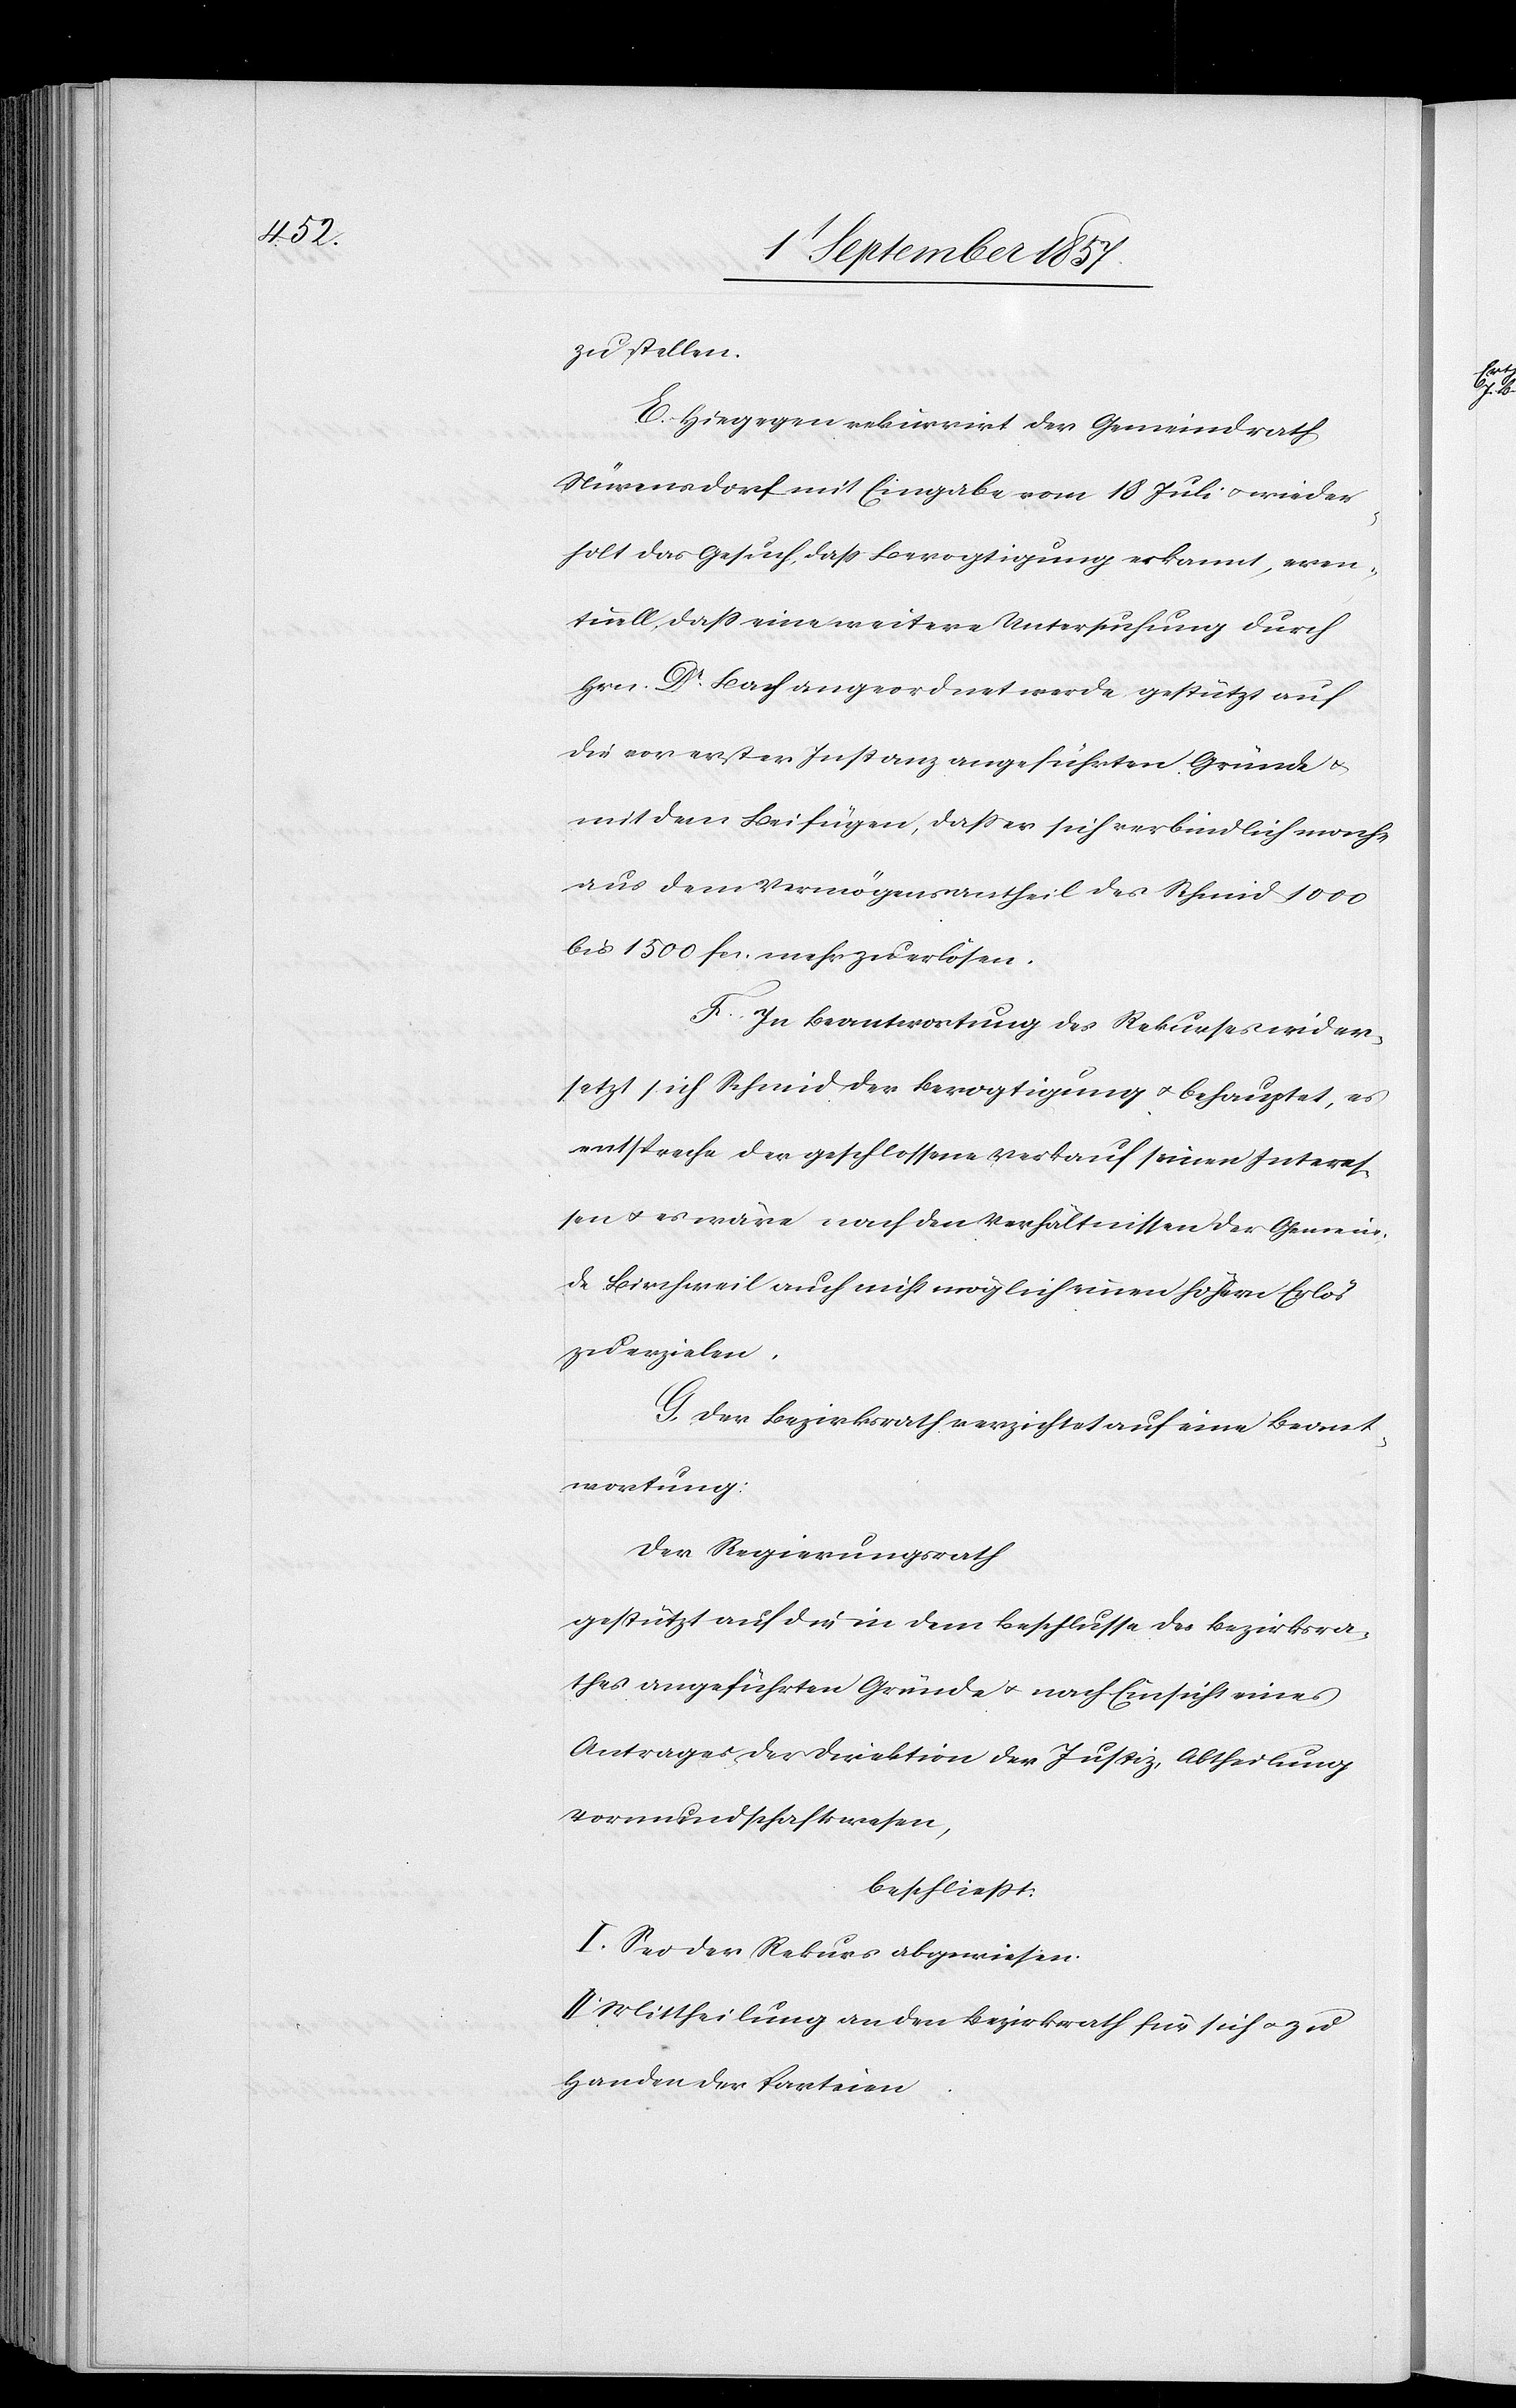
zu stellen.
E. Hiegegen rekurrirt der Gemeindrath
Nürensdorf mit Eingabe vom 18 Juli & wieder¬
holt das Gesuch, daß Bevogtigung erkannt, even¬
tuell, daß eine weitere Untersuchung durch
Hrn. Dr Bach angeordnet werde gestützt auf
die vor erster Instanz angeführten Gründe &
mit dem Beifügen, daß er sich verbindlich mache
aus dem Vermögenstheil des Schmid 1000
bis 1500 fcs. mehr zu erlösen.
F. In Beantwortung des Rekurses wider¬
setzt sich Schmid der Bevogtigung & behauptet, es
entspreche der geschlossene Verkauf seinen Interes¬
sen & es wäre nach den Verhältnissen der Gemein¬
de Birchweil auch nicht möglich einen höhern Erlös
zu erzielen.
G. Der Bezirksrath verzichtet auf eine Beant¬
wortung:
Der Regierungsrath
Gestützt auf die in dem Beschlusse des Bezirksra¬
thes angeführten Gründe & nach Einsicht eines
Antrages der Direktion der Justiz, Abtheilung
Vormundschaftswesen,
beschließt:
I. Sei der Rekurs abgewiesen.
II. Mittheilung an den Bezirksrath für sich & zu
Handen der Parteien.